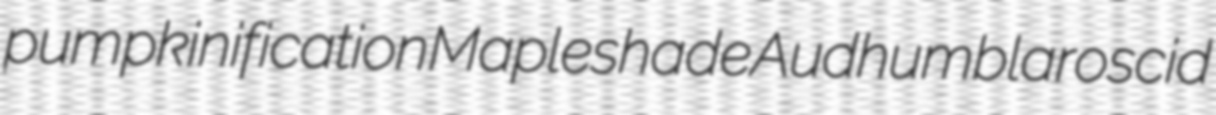
pumpkinification Mapleshade Audhumbla roscid